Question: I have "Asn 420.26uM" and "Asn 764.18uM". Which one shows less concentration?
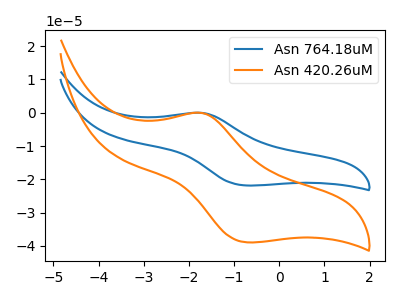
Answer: <think>The blue curve "Asn 764.18uM" has an anodic peak at (-1.70V, -0.05uA) and a cathodic peak at (-0.70V, -21.85uA). The orange curve "Asn 420.26uM" has an anodic peak at (-1.70V, -0.05uA) and a cathodic peak at (-0.70V, -38.95uA).
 All the peaks in "Asn 420.26uM" have a peak in "Asn 764.18uM" at the same potential.</think>
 <answer>I cant tell if "Asn 420.26uM" or "Asn 764.18uM" has higher concentration.</answer>
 <eval>mixed_concentration</eval>